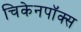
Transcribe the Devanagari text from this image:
चिकेनपॉक्स